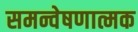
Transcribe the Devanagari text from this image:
समन्वेषणात्मक